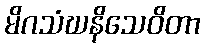
မိဂသံဃနိသေဝိတာ